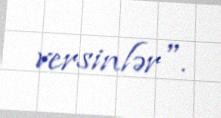
versinlər".